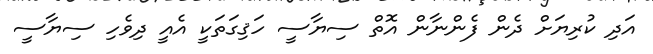
އަދި ކުރިޔަށް ދެން ފެންނާން އޮތް ސިޔާސީ ހަޤިގަތަކީ އެއީ ދިވެހި ސިޔާސީ